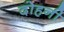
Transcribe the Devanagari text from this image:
दोहनी